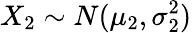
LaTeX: X_{2}\sim N(\mu_{2},\sigma_{2}^{2})